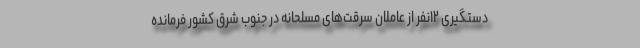
دستگیری ۱۲نفر از عاملان سرقت‌های مسلحانه در جنوب شرق کشور فرمانده